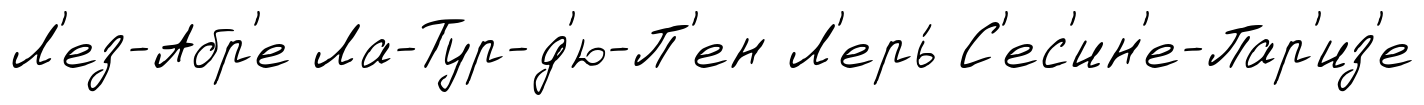
Л'ез-Абр'е Ла-Тур-д'ю-П'ен Л'ерь́ С'ес'ин'е-Пар'из'е